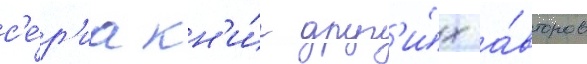
с'е́р'иа кн'и́г друг'и́х а́второв